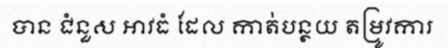
បាន ជំនួស អាវធំ ដែល កាត់បន្ថយ តម្រូវការ